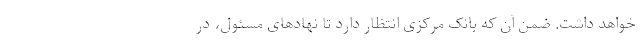
خواهد داشت. ضمن آن که بانک مرکزی انتظار دارد تا نهادهای مسئول، در